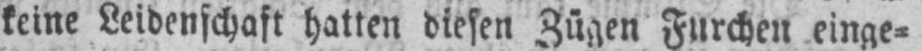
keine Leidenschaft hatten diesen Zügen Furchen einge⸗